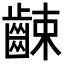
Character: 𪘜